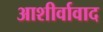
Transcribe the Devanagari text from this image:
आशीर्वावाद